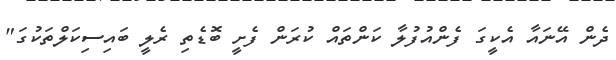
ދެން އޭނައާ އެކީގަ ފެންއުފުލާ ކަންތައް ކުރަން ފެށީ ބޮޑެތި ރެލީ ބައިސިކަލްތަކުގަ"